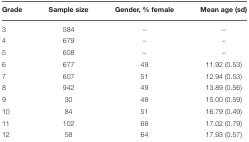
<table><thead><tr><td><b>Grade</b></td><td><b>Sample size</b></td><td><b>Gender, % female</b></td><td><b>Mean age (sd)</b></td></tr></thead><tbody><tr><td>3</td><td>584</td><td>–</td><td>–</td></tr><tr><td>4</td><td>679</td><td>–</td><td>–</td></tr><tr><td>5</td><td>608</td><td>–</td><td>–</td></tr><tr><td>6</td><td>677</td><td>49</td><td>11.92 (0.53)</td></tr><tr><td>7</td><td>607</td><td>51</td><td>12.94 (0.53)</td></tr><tr><td>8</td><td>942</td><td>49</td><td>13.89 (0.56)</td></tr><tr><td>9</td><td>30</td><td>48</td><td>15.00 (0.59)</td></tr><tr><td>10</td><td>84</td><td>51</td><td>16.79 (0.49)</td></tr><tr><td>11</td><td>102</td><td>68</td><td>17.02 (0.79)</td></tr><tr><td>12</td><td>58</td><td>64</td><td>17.93 (0.57)</td></tr></tbody></table>